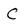
Character: C